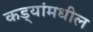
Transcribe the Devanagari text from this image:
कड्यांमधील